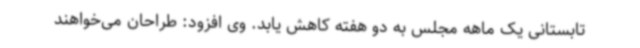
تابستانی یک ماهه مجلس به دو هفته کاهش یابد. وی افزود: طراحان می‌خواهند